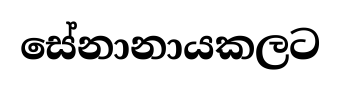
සේනානායකලට